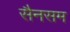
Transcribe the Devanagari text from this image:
सैनसम